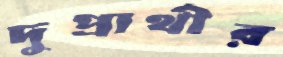
দুপ্রার্থীর